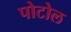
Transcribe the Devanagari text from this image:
पोटोल